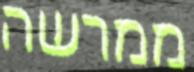
ממרשה